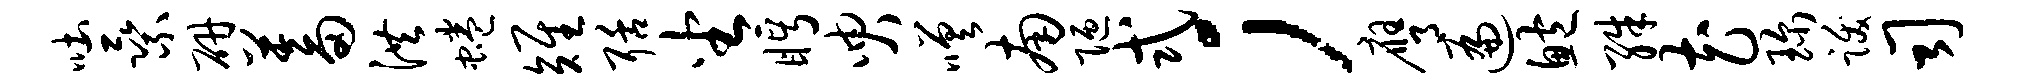
吐乘研蓄洪蜷雉聒坐眄臾嗟南陋式；膺遍鲍殊花珍跋司